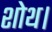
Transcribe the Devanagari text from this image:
शोथ।